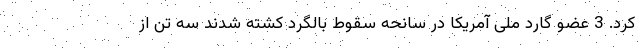
کرد. 3 عضو گارد ملی آمریکا در سانحه سقوط بالگرد کشته شدند سه تن از